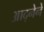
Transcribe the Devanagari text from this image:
आद्नेने